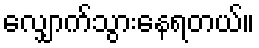
လျှောက်သွားနေရတယ်။